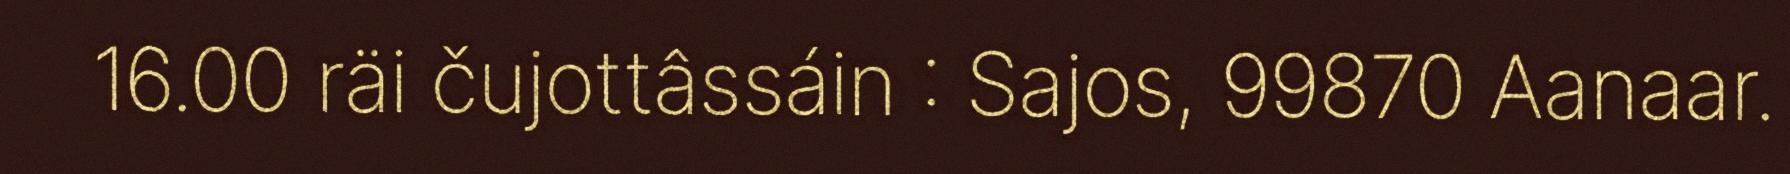
16.00 räi čujottâssáin : Sajos, 99870 Aanaar.